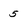
Character: 5